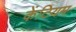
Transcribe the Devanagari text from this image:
केंटियम